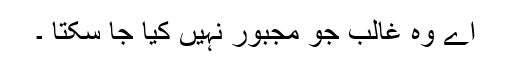
اے وہ غالب جو مجبور نہیں کیا جا سکتا ۔